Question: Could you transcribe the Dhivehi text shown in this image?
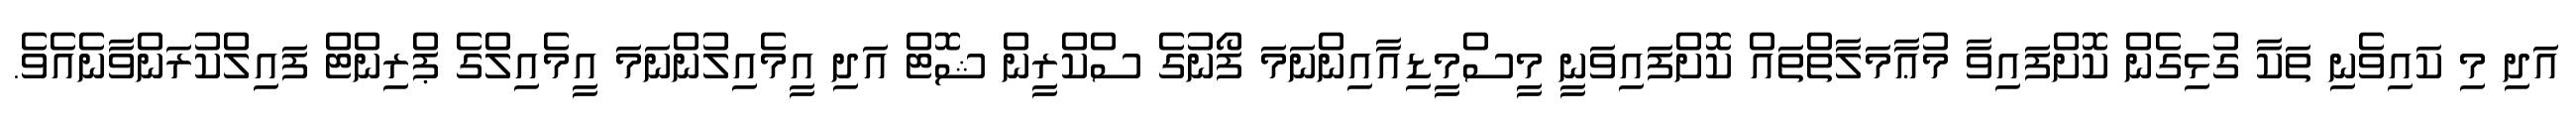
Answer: އަދި މި ކައިވެނި ތަކާ ގުޅިގެން ކޮށްފައިވާ މުޢާމަލާތްތައް ކޮށްފައިވަނީ މީސްމީޑިއާއިންނަމަ ފޯނުގެ ސްކްރީން ޝޮޓް އަދި އީމެއިލުންނަމަ އީމެއިލްގެ ޕްރިންޓް ފައިލްކުރަންވާނެއެވެ.